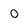
Character: O